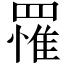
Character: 罹